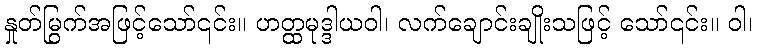
နှုတ်မြွက်အဖြင့်သော်၎င်း။ ဟတ္ထမုဒ္ဒါယဝါ၊ လက်ချောင်းချိုးသဖြင့် သော်၎င်း။ ဝါ၊